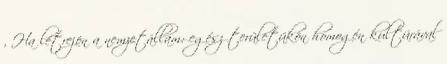
, Ha létrejön a nemzetállam: egész területükön homogén kultúrával